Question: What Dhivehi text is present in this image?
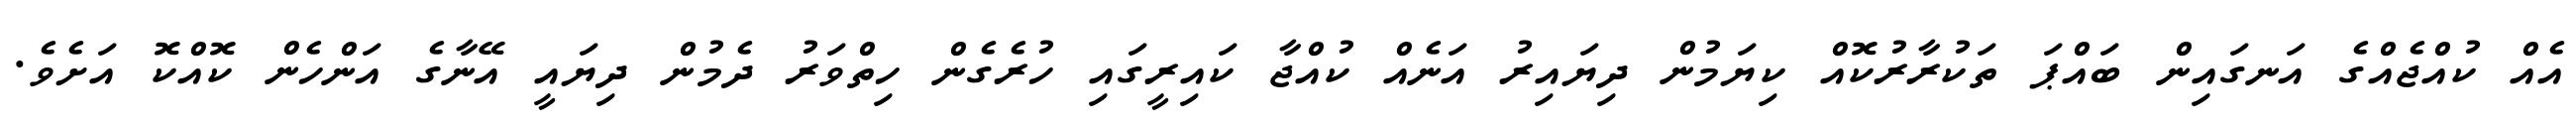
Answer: އެއް ކުއްޖެއްގެ އަނގައިން ބައްޕަ ތަކުރާރުކޮއް ކިޔަމުން ދިޔައިރު އަނެއް ކުއްޖާ ކައިރީގައި ހުރެގެން ހިތްވަރު ދެމުން ދިޔައީ އޭނާގެ އަންހެން ކޮއްކޮ އަށެވެ.